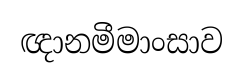
ඥානමීමාංසාව